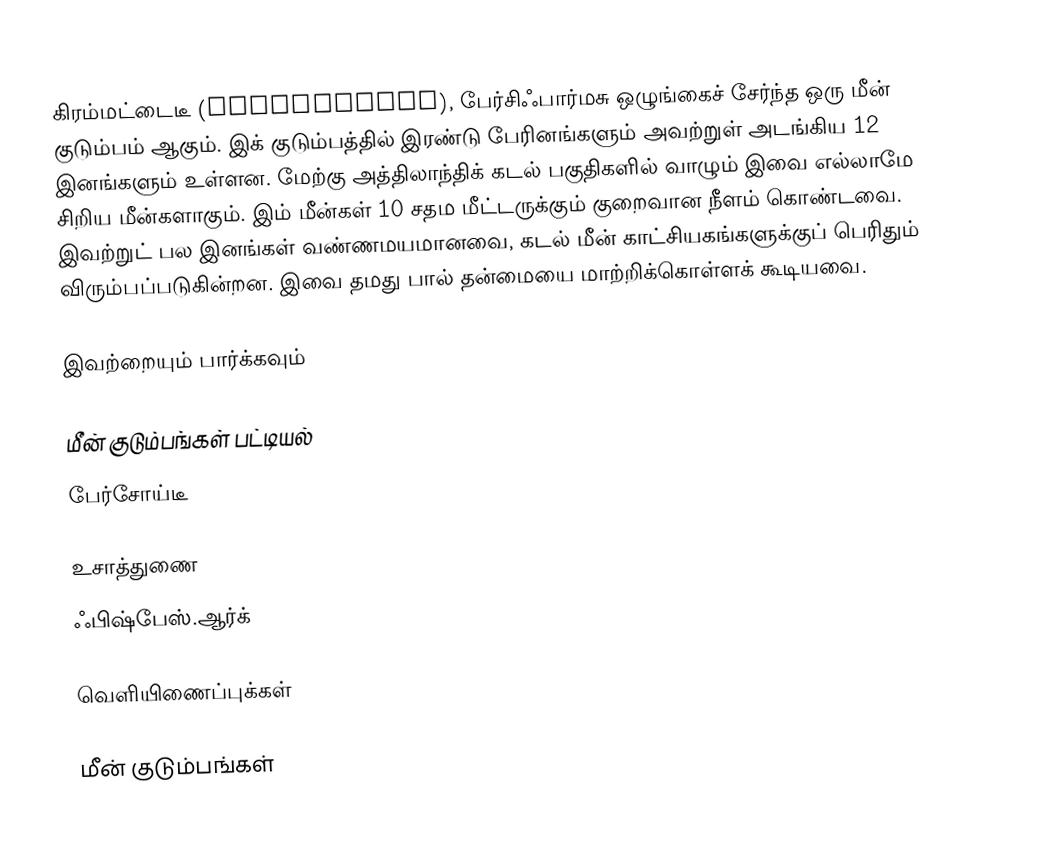
கிரம்மட்டைடீ (Grammatidae), பேர்சிஃபார்மசு ஒழுங்கைச் சேர்ந்த ஒரு மீன் குடும்பம் ஆகும். இக் குடும்பத்தில் இரண்டு பேரினங்களும் அவற்றுள் அடங்கிய 12 இனங்களும் உள்ளன. மேற்கு அத்திலாந்திக் கடல் பகுதிகளில் வாழும் இவை எல்லாமே சிறிய மீன்களாகும். இம் மீன்கள் 10 சதம மீட்டருக்கும் குறைவான நீளம் கொண்டவை. இவற்றுட் பல இனங்கள் வண்ணமயமானவை, கடல் மீன் காட்சியகங்களுக்குப் பெரிதும் விரும்பப்படுகின்றன. இவை தமது பால் தன்மையை மாற்றிக்கொள்ளக் கூடியவை.

இவற்றையும் பார்க்கவும்

 மீன் குடும்பங்கள் பட்டியல்
 பேர்சோய்டீ

உசாத்துணை
 ஃபிஷ்பேஸ்.ஆர்க்

வெளியிணைப்புக்கள்

மீன் குடும்பங்கள்